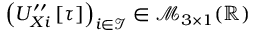
\left( U _ { X i } ^ { \prime \prime } \left[ \tau \right] \right) _ { i \in \mathcal { I } } \in \mathcal { M } _ { 3 \times 1 } ( \mathbb { R } )